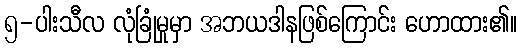
၅-ပါးသီလ လုံခြုံမှုမှာ အဘယဒါနဖြစ်ကြောင်း ဟောထား၏။